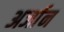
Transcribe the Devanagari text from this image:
अर्जान